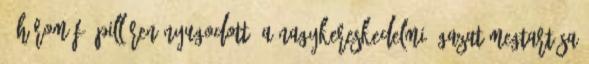
– három fô pilléren nyugodott. A nagykereskedelmi ágazat megtartása